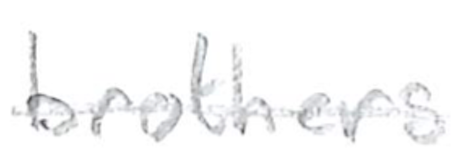
Text: brothers
Cross-out: single-line
Writing tool: pencil